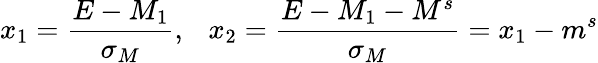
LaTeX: x_{1}=\frac{E-M_{1}}{\sigma_{M}},~~~x_{2}=\frac{E-M_{1}-M^{s}}{\sigma_{M}}=x_{1}-m^{s}